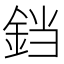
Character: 𫟰